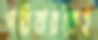
পরিবারকেই